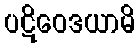
ပဋိဝေဒယာမိ